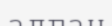
алган